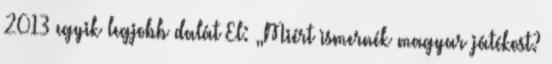
2013 egyik legjobb dalát El: „Miért ismernék magyar játékost?